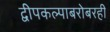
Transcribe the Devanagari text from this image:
द्वीपकल्पाबरोबरही